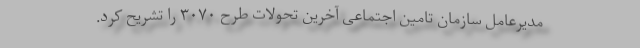
مدیرعامل سازمان تامین اجتماعی آخرین تحولات طرح ۳۰۷۰ را تشریح کرد.